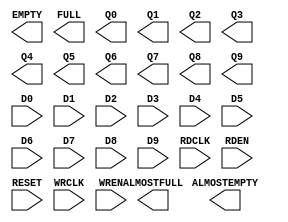
///////////////////////////////////////////////////////
//  Copyright (c) 1995/2015 Xilinx, Inc.
//  All Right Reserved.
///////////////////////////////////////////////////////
//
//   ____   ___
//  /   /\/   / 
// /___/  \  /     Vendor      : Xilinx 
// \  \    \/      Version     : 2015.4
//  \  \           Description : Xilinx Formal Library Component
//  /  /                         7SERIES IN FIFO
// /__/   /\       Filename    : IN_FIFO.v
// \  \  /  \ 
//  \__\/\__ \                    
//                                 
///////////////////////////////////////////////////////
//  Revision:    Date:     Comment:
///////////////////////////////////////////////////////

`timescale 1 ps / 1 ps 

`celldefine

module IN_FIFO (
  ALMOSTEMPTY,
  ALMOSTFULL,
  EMPTY,
  FULL,
  Q0,
  Q1,
  Q2,
  Q3,
  Q4,
  Q5,
  Q6,
  Q7,
  Q8,
  Q9,

  D0,
  D1,
  D2,
   D3,
  D4,
  D5,
  D6,
  D7,
  D8,
  D9,
  RDCLK,
  RDEN,
  RESET,
  WRCLK,
  WREN
);

  parameter integer ALMOST_EMPTY_VALUE = 1;
  parameter integer ALMOST_FULL_VALUE = 1;
  parameter ARRAY_MODE = "ARRAY_MODE_4_X_8";
  parameter SYNCHRONOUS_MODE = "FALSE";

`ifdef XIL_TIMING

  parameter LOC = "UNPLACED";

`endif
    
  output ALMOSTEMPTY;
  output ALMOSTFULL;
  output EMPTY;
  output FULL;
  output [7:0] Q0;
  output [7:0] Q1;
  output [7:0] Q2;
  output [7:0] Q3;
  output [7:0] Q4;
  output [7:0] Q5;
  output [7:0] Q6;
  output [7:0] Q7;
  output [7:0] Q8;
  output [7:0] Q9;

  input RDCLK;
  input RDEN;
  input RESET;
  input WRCLK;
  input WREN;
  input [3:0] D0;
  input [3:0] D1;
  input [3:0] D2;
  input [3:0] D3;
  input [3:0] D4;
  input [3:0] D7;
  input [3:0] D8;
  input [3:0] D9;
  input [7:0] D5;
  input [7:0] D6;

endmodule

`endcelldefine